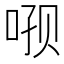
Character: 𫪑